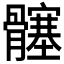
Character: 𮪵